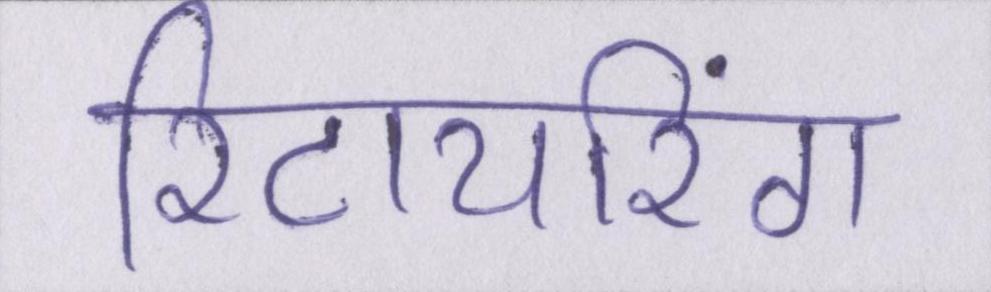
रिटायरिंग